Civil Veterinary Department. United Provinces 1932-42 - 1932-1942
Year: 1932
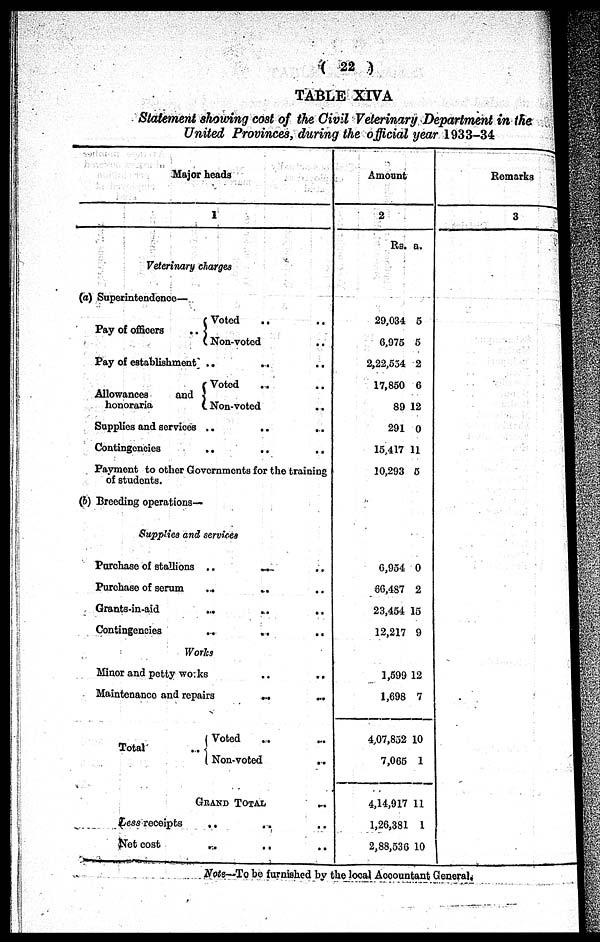
( 22 )
TABLE XIVA
Statement showing cost of the Civil Veterinary Department in the
United Provinces, during the official year 1933-34
Major heads
1
Veterinary charges
(a) Superintendence—
Pay of officers
..
Voted .. ..
Non-voted ..
Pay of establishment
Allowances
and
honoraria
Voted .. ..
Non-voted ..
Supplies and services .. .. ..
Contingencies
..
..
..
Payment to other Governments for the training
of students.
(b) Breeding operations—
Supplies and services
Purchase of stallions ..
..
..
Purchase of serum .. .. ..
Grants-in-aid
..
..
..
Contingencies
...
..
Works
Minor and petty works
..
..
Maintenance and repairs
...
Total
..
Voted .. ..
Non-voted ..
GRAND TOTAL.
Less receipts .. .. ..
Net cost .. .. ..
Amount
2
Rs.
29,034
6,975
2,22,534
17,850
89
291
15,417
10,293
6,954
66,487
23,454
12,217
1,599
1,698
4,07,852
7,065
4,14,917
1,26,381
2,88,536
a.
5
5
2
6
12
0
11
5
0
2
15
9
12
7
10
1
11
1
10
Remarks
3
Note—To be furnished by the local Accountant General.